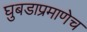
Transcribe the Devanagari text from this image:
घुबडाप्रमाणेच